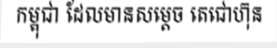
កម្ពុជា ដែលមានសម្តេច តេជោហ៊ុន